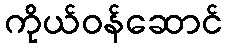
ကိုယ်ဝန်ဆောင်